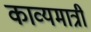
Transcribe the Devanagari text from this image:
काव्यमात्री